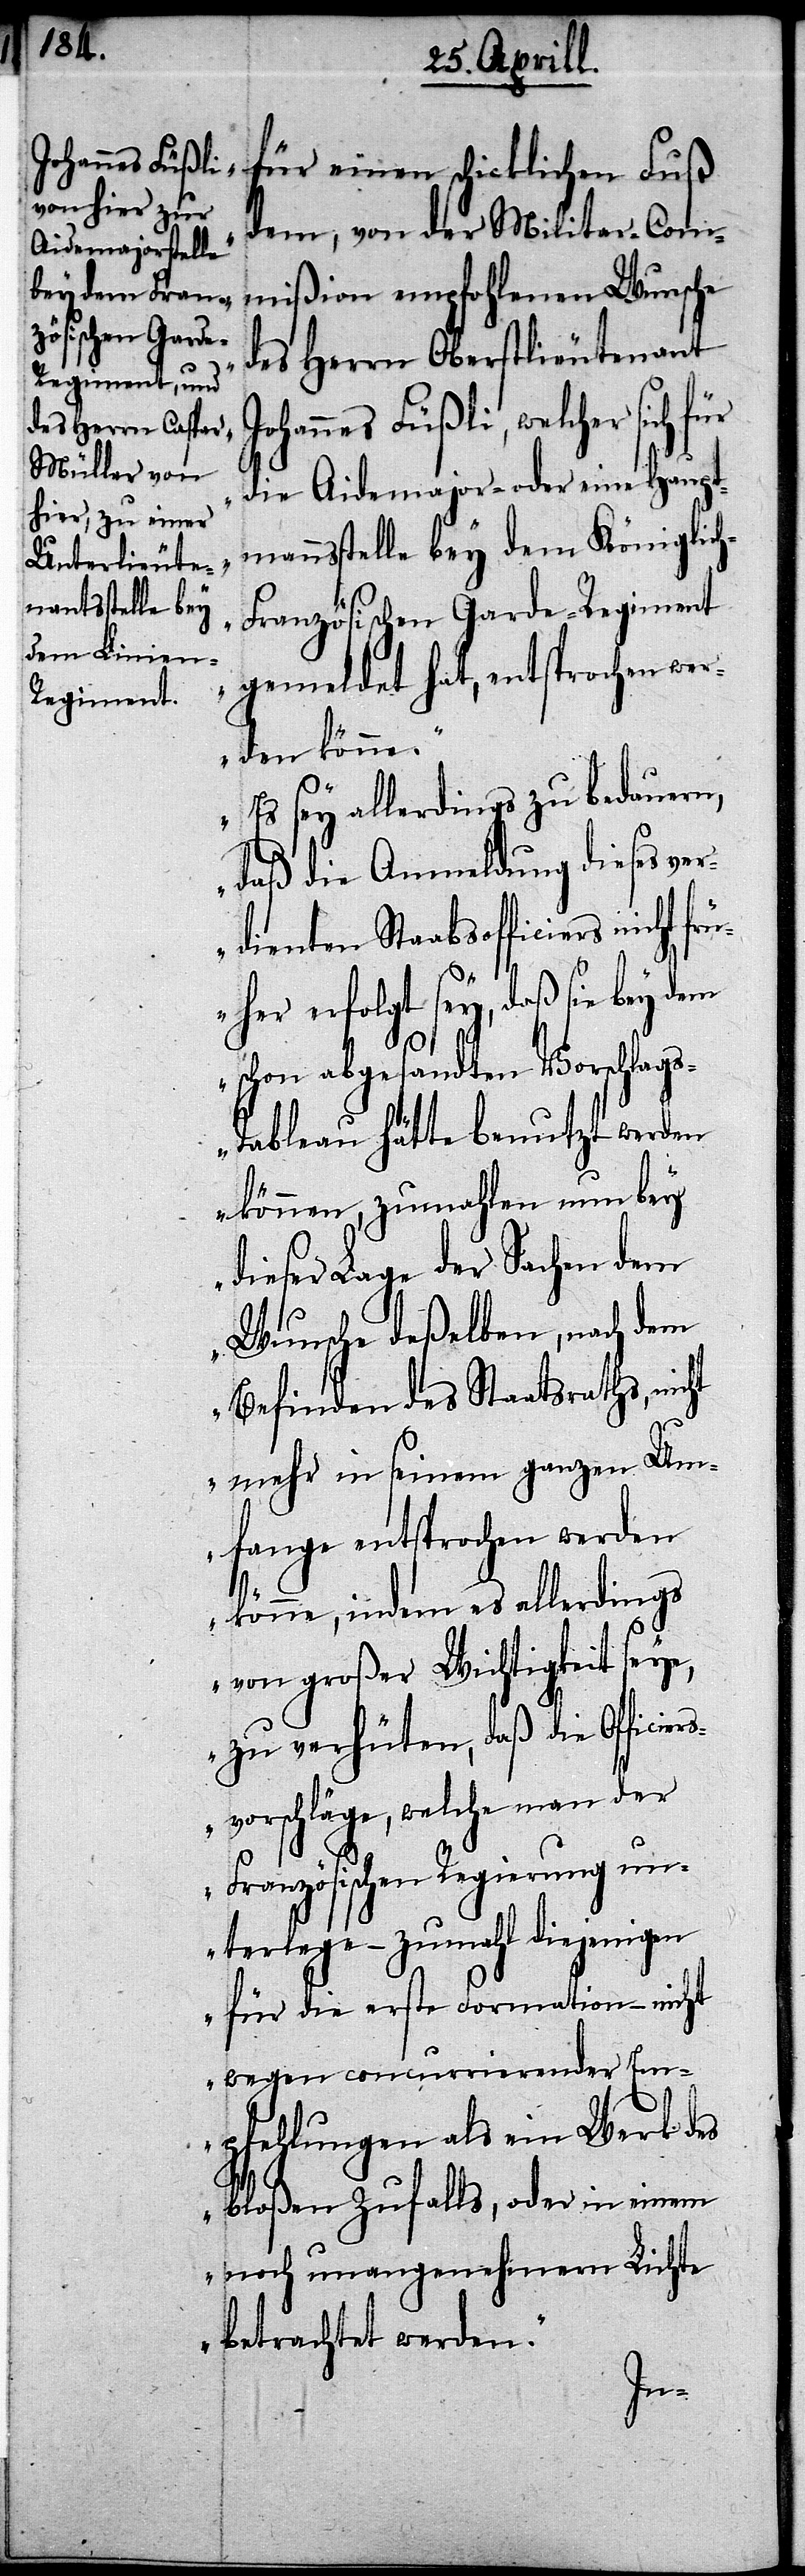
Johannes Füßli,

für einen schicklichen Fuß
dem, von der Militar-Com¬
mißion empfohlenen Wunsche
des Herrn Oberstlieutenant
Der Staatsrath berichtet
die Aidemajor- oder eine Haupt¬
mannsstelle bey dem Königlic¬
ranzösischen Garde-Regiment
gemeldet hat, entsprochen wer¬
den könne.
Es sey allerdings zu bedauern,
daß die Anmeldung dieses ver¬
dienten Staabsofficiers nicht f¬
rüher erfolgt sey, daß sie bey dem
schon abgesandten Vorschlag¬
s-Tableau hätte benutzt werden
können, zumahlen nun bey
dieser Lage der Sache dem
Wunsche deßelben, nach dem
Befinden des Staatsraths, nicht
mehr in seinem ganzen Um¬
fange entsprochen werden
könne, indem es allerdings
von großer Wichtigkeit seye,
zu verhüten, daß die Officie¬
vorschläge, welche man der
Französischen Regierung un¬
terlege – zumahl diejenigen
für die erste Formation – nicht
wegen concurrierenden Em¬
pfehlungen als ein Werk des
bloßen Zufalls, oder in einem
noch unangenehmern Lichte
betrachtet werden.
rs¬